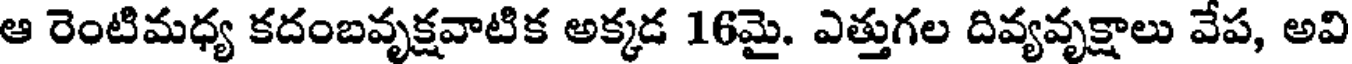
ఆ రెంటిమధ్య కదంబవృక్షవాటిక అక్కడ 16మై. ఎత్తుగల దివ్యవృక్షాలు వేప, అవి